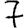
Digit: 7